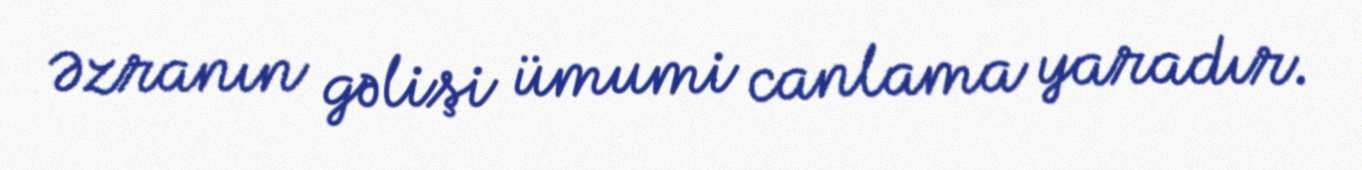
Əzranın gəlişi ümumi canlama yaradır.